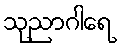
သုညာဂါရေ